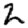
Digit: 2